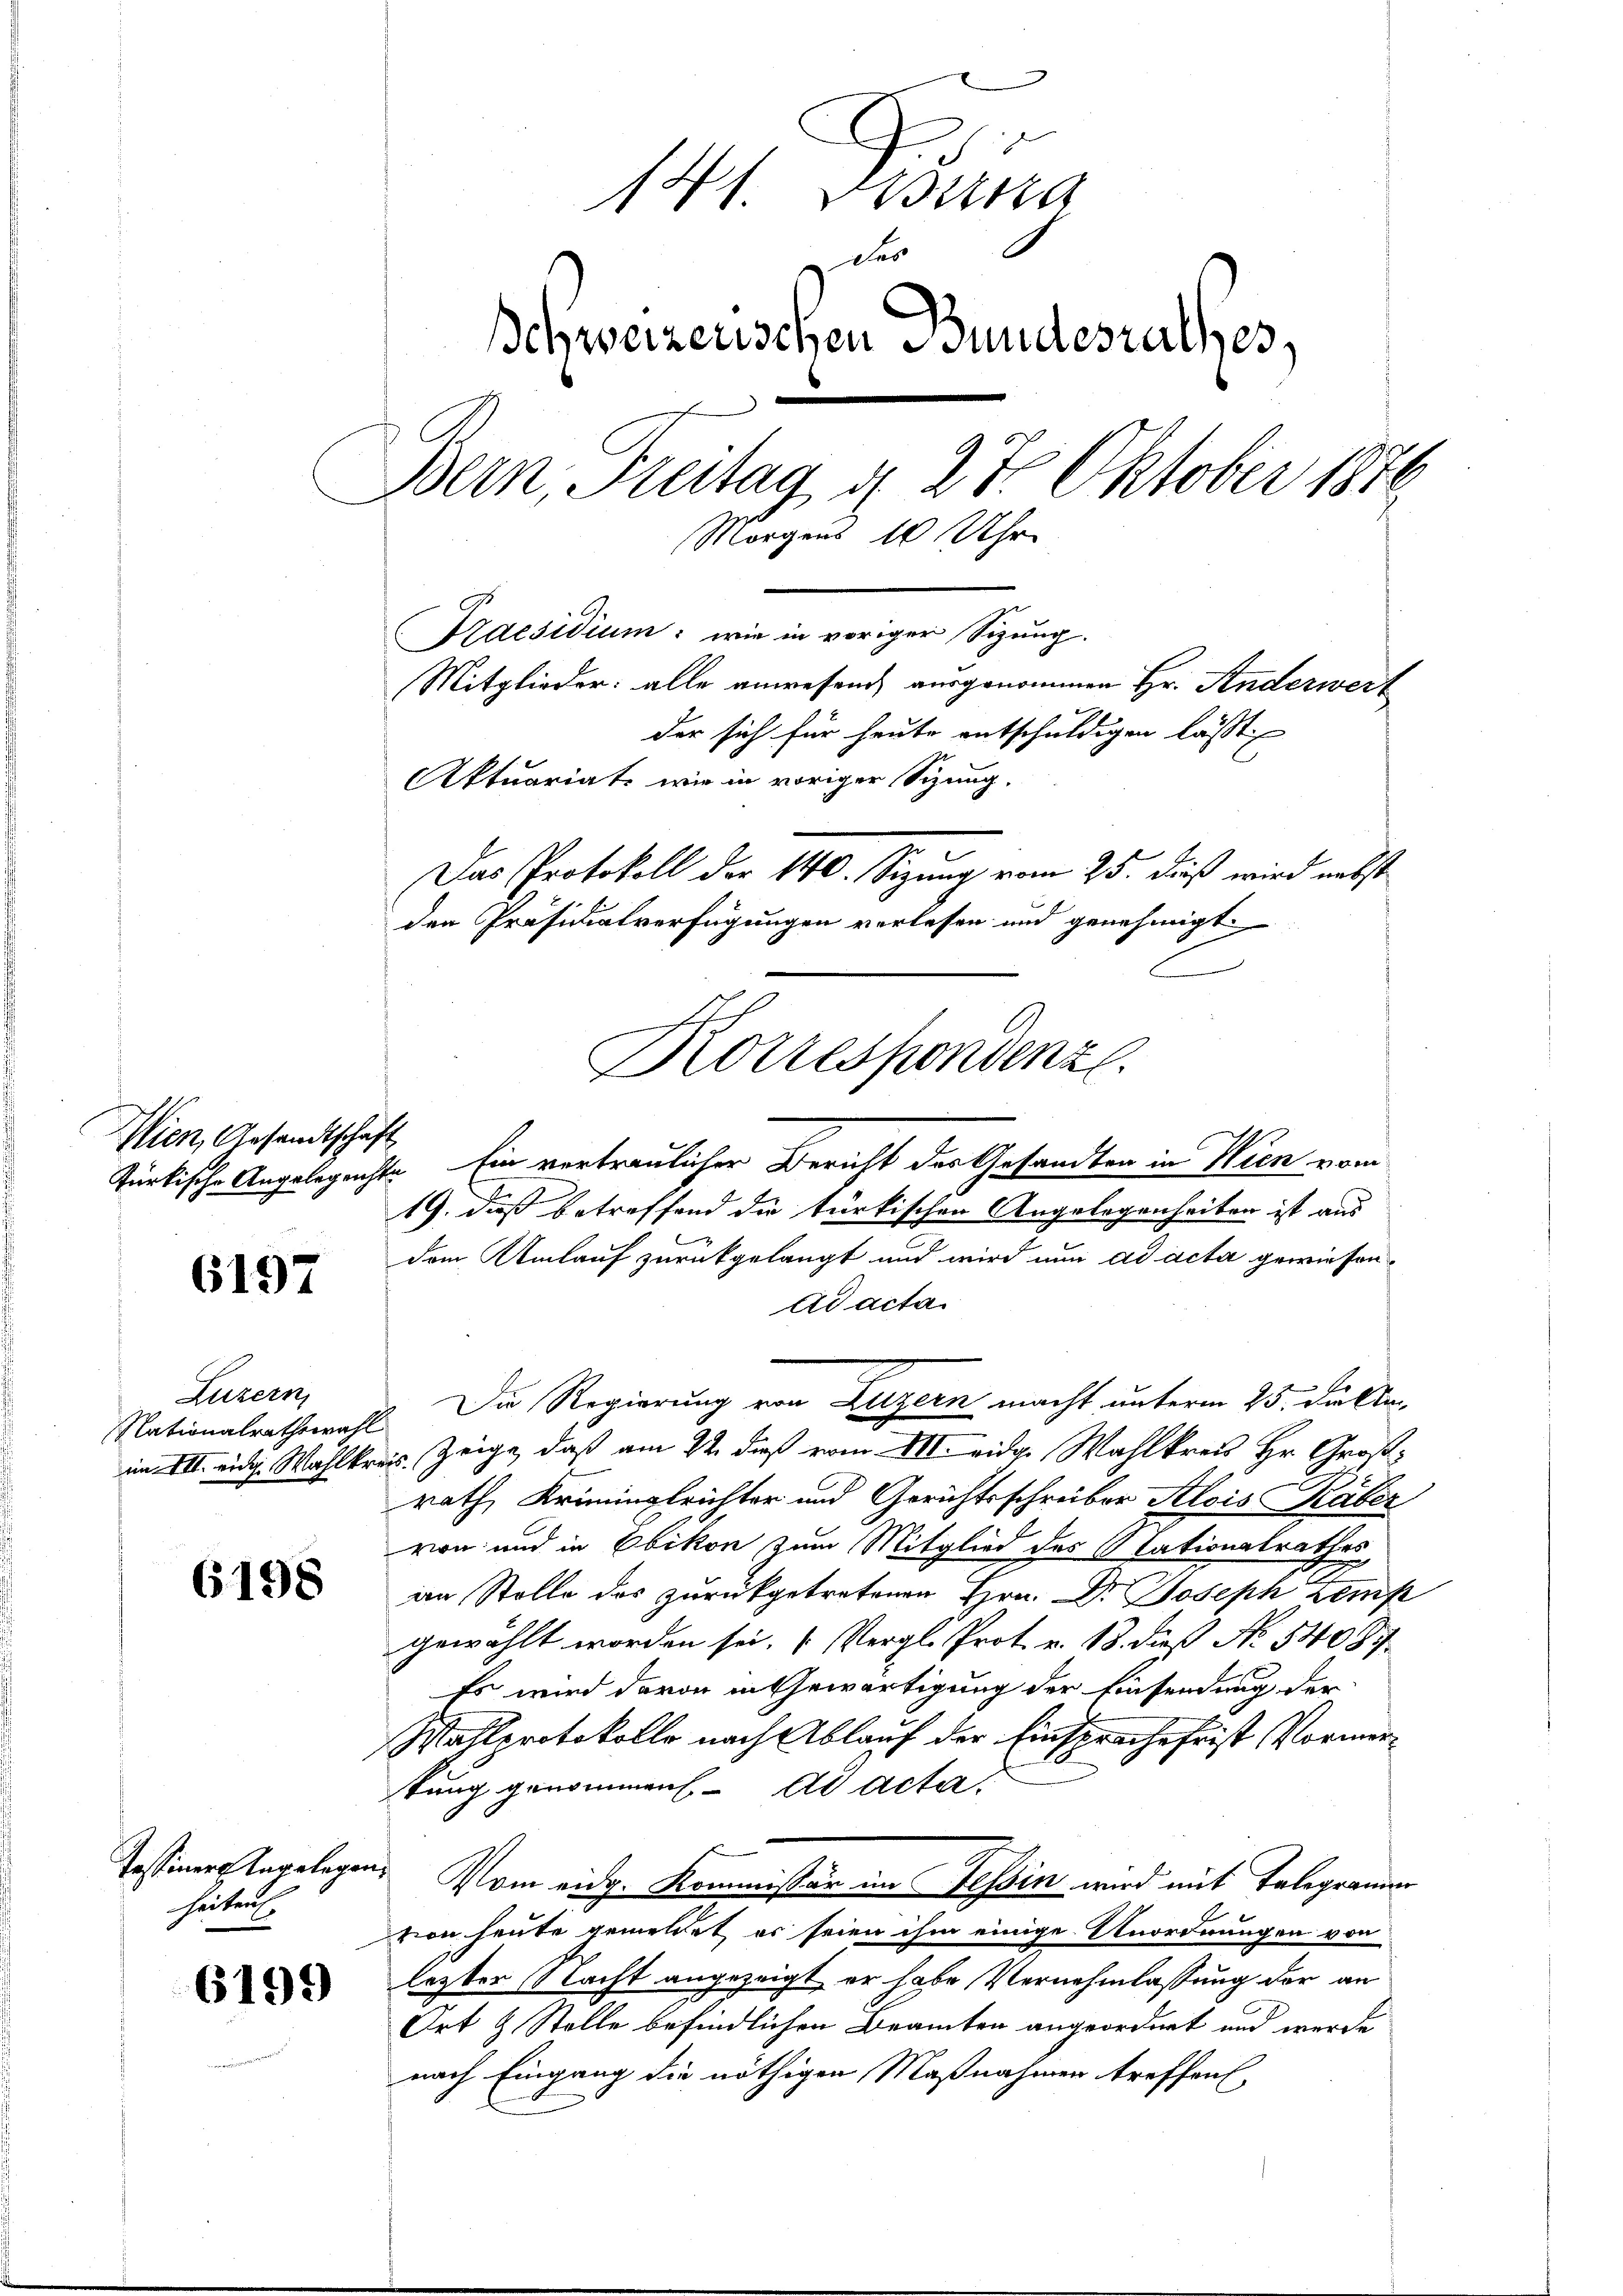
Wien, Gesandtschaft

6197

Luzern,
Nationalrathswah
im VII. eidg. Wahlk

6198

Tessiner Tagelege
heiten

6199

141. Sedung
des
Schweizerischen Bundesrathes,
Bern, Freitag d. 27 Oktober 1870
Morgens 10 Uhr
Praesidium: wie in voriger Sizung.
Mitglieder: alle anwesend ausgenommen Hr. Anderwert
der sich für heute entschuldigen lässt
Aktuariate wie in voriger Sitzung.
Das Protokoll der 140. Sizung vom 25. dieß wird nebst
den Präsidialverfügungen verlesen und genehmigt.
Korrespondenz.

türkische Angelegerichte Ein vertraulicher Bericht des Gesandten in Wien vom
19. daß betreffend die türkischen Angelegenheiten ist aus
dem Umlauf zurückgelangt und wird nun ad acta gewiesen
Ad acta
res zeige, daß am 22. dieß vom VII. eidg. Wahlkreis Hr. Großrath, Kriminalrichter und Gerichtsschreiber Alois aber
von und in Ebikon zum Mitglied des Stationalrathes,
an Stolle des zurückgetretenen Hrn. Dr. Joseph Kemp
gewählt worden sei. (Vergl. Prot. v. 13. dieß No 54087
Es wird davon in Gewärtigung der Einsendung der
Wahlprotokolle nach Ablauf der Einsprache frist Vormertung genommen. ad acta.
t
Vom eidg. Kommissär im Tessin wird mit Telegrammer
von heute gemeldet, es seien ihm einige Unordnungen von
lezter Nacht angezeigt er habe Vernehmlassung der an
Ort & Stelle befindlichen Beamten angeordnet und werde
nach Eingang die nöthigen Maßnahmen treffen,

26. Die Regierung von Luzern macht unterm 25. Dikta